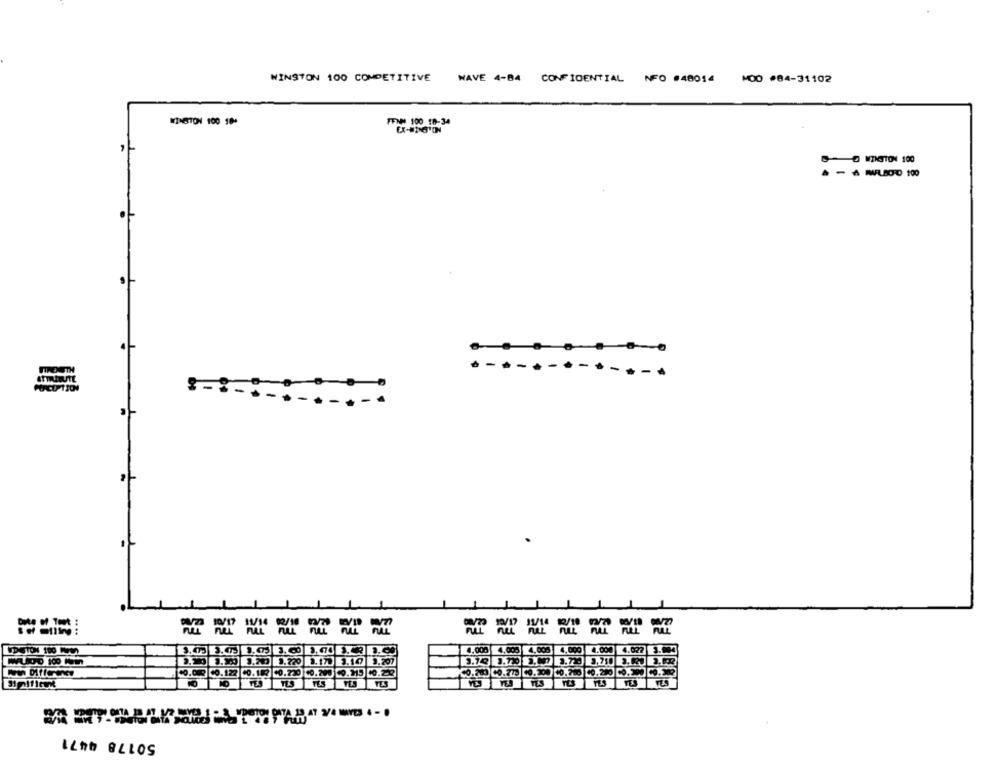
WINSTON 100 COMPETITIVE
WAVE 4-84
CONFIDENTIAL NFO #48014
MOD .84-31102
WINSTON 100 18+
FENN 100 18-34
SO WINSTON 100
- A MFLBO-D 100
PURCU TION
.-...
= = === ==
VDSTON 100 MM
4,00%
000
4.000
1.10
3.207
3.7
3,758
10.122
40.182
40.230
CO.OUR
19.315 10.22
C0.203 00.779 10.200 10.780
00.200 10.300 10.302
TES
Its
TESTES
50178 4471